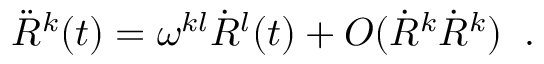
\ddot { R } ^ { k } ( t ) = \omega ^ { k l } \dot { R } ^ { l } ( t ) + O ( \dot { R } ^ { k } \dot { R } ^ { k } ) \; \; .